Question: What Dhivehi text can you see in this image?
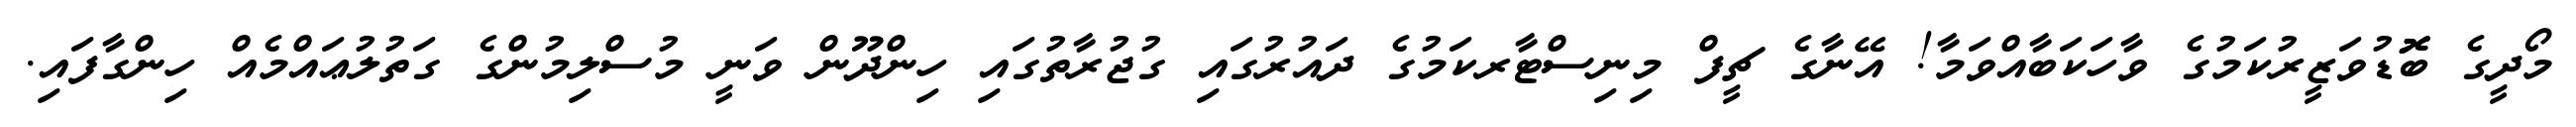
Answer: މޯދީގެ ބޮޮޑުވަޒީރުކަމުގެ ވާހަކަބާއްވަމާ! އޭނާގެ ޗީފް މިނިސްޓާރކަމުގެ ދައުރުގައި ގުޖުރާތުގައި ހިންދޫން ވަނީ މުސްލިމުންގެ ގަތުލުޢައްމެއް ހިންގާފައި.